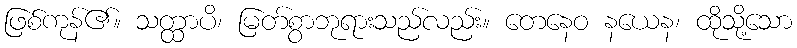
ဖြစ်ကုန်၏။ သတ္ထာပိ၊ မြတ်စွာဘုရားသည်လည်း။ တေနေဝ နယေန၊ ထိုသို့သော